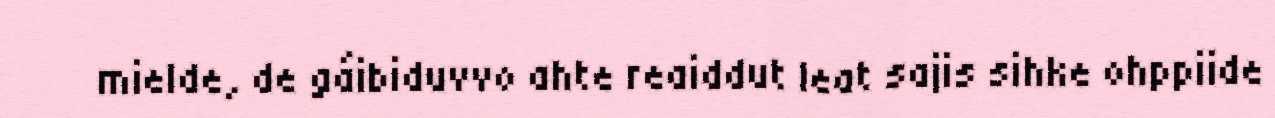
mielde, de gáibiduvvo ahte reaiddut leat sajis sihke ohppiide